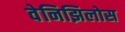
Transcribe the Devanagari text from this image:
वेनिझिलोस